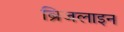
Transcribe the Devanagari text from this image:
ब्रिजलाइन